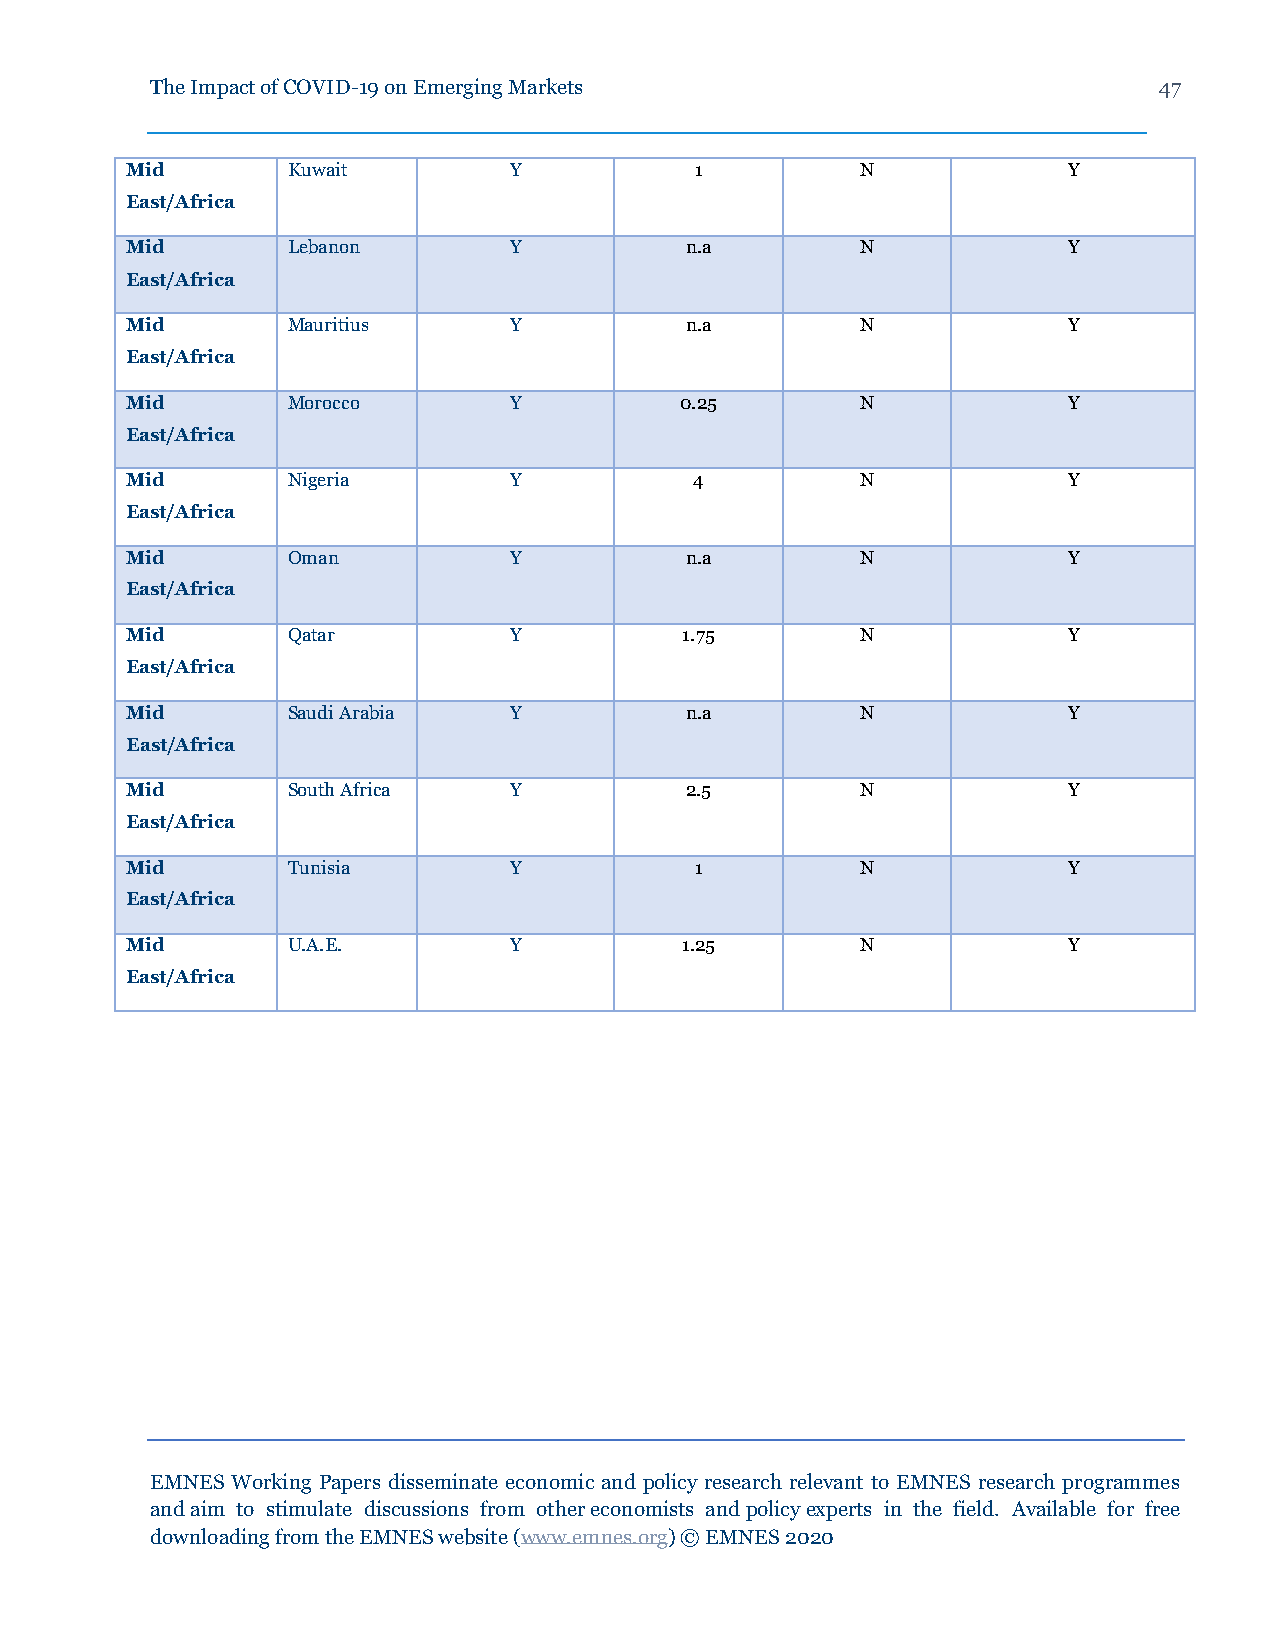
The Impact of COVID-19 on Emerging Markets                         47
 Mid        Kuwait         Y           1          N             Y
 East/Africa
 Mid        Lebanon        Y          n.a         N             Y
 East/Africa
 Mid        Mauritius      Y          n.a         N             Y
 East/Africa
 Mid        Morocco        Y          0.25        N             Y
 East/Africa
 Mid        Nigeria        Y           4          N             Y
 East/Africa
 Mid        Oman           Y          n.a         N             Y
 East/Africa
 Mid        Qatar          Y          1.75        N             Y
 East/Africa
 Mid        Saudi Arabia   Y          n.a         N             Y
 East/Africa
 Mid        South Africa   Y          2.5         N             Y
 East/Africa
 Mid        Tunisia        Y           1          N             Y
 East/Africa
 Mid        U.A.E.         Y          1.25        N             Y
 East/Africa
 EMNES Working Papers disseminate economic and policy research relevant to EMNES research programmes
 and aim to stimulate discussions from other economists and policy experts in the field. Available for free
 downloading from the EMNES website (www.emnes.org) © EMNES 2020